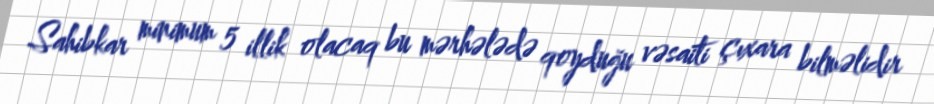
Sahibkar minimum 5 illik olacaq bu mərhələdə qoyduğu vəsaiti çıxara bilməlidir